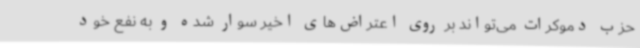
حزب دموکرات می‌تواند بر روی اعتراض‌های اخیر سوار شده و به نفع خود